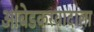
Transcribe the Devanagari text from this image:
आंबेडकरवादाला